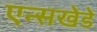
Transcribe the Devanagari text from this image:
एन्सखेडे